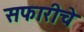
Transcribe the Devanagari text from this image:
सफारीचे